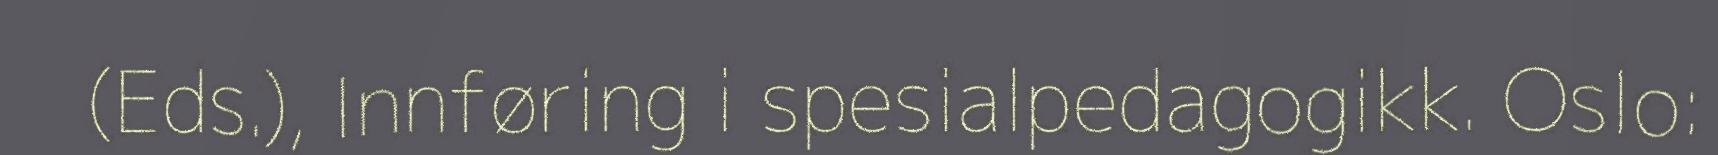
(Eds.), Innføring i spesialpedagogikk. Oslo: